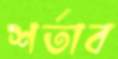
শর্তাব